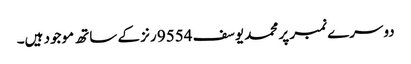
دوسرے نمبر پر محمد یوسف 9554 رنز کے ساتھ موجود ہیں۔